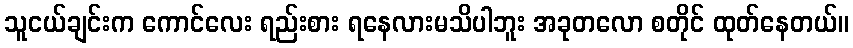
သူငယ်ချင်းက ကောင်လေး ရည်းစား ရနေလားမသိပါဘူး အခုတလော စတိုင် ထုတ်နေတယ်။